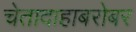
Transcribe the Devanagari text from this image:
चेतादाहाबरोबर